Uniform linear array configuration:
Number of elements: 32
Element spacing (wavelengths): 0.25
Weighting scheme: exponential
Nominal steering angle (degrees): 45
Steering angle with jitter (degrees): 44.241
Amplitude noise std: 0.05
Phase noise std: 0.05

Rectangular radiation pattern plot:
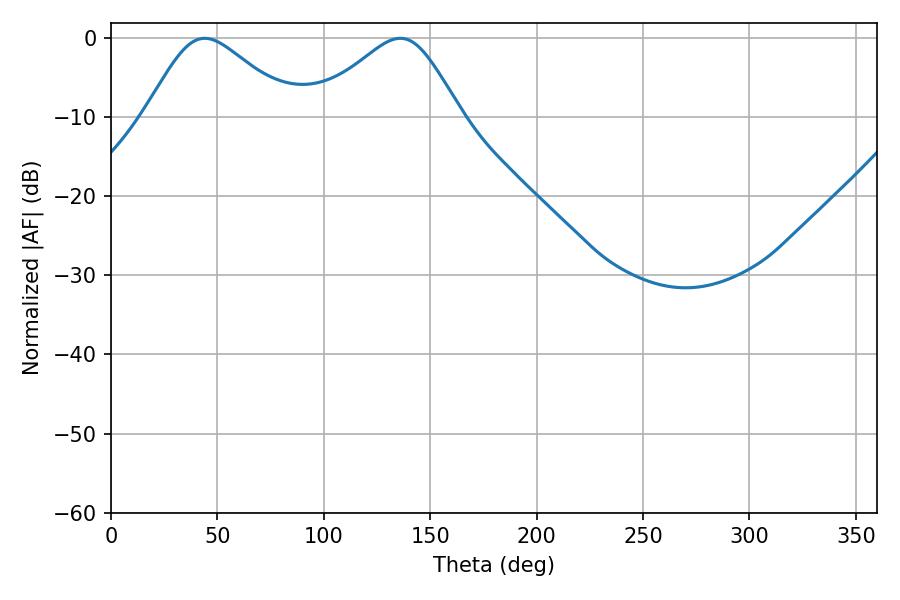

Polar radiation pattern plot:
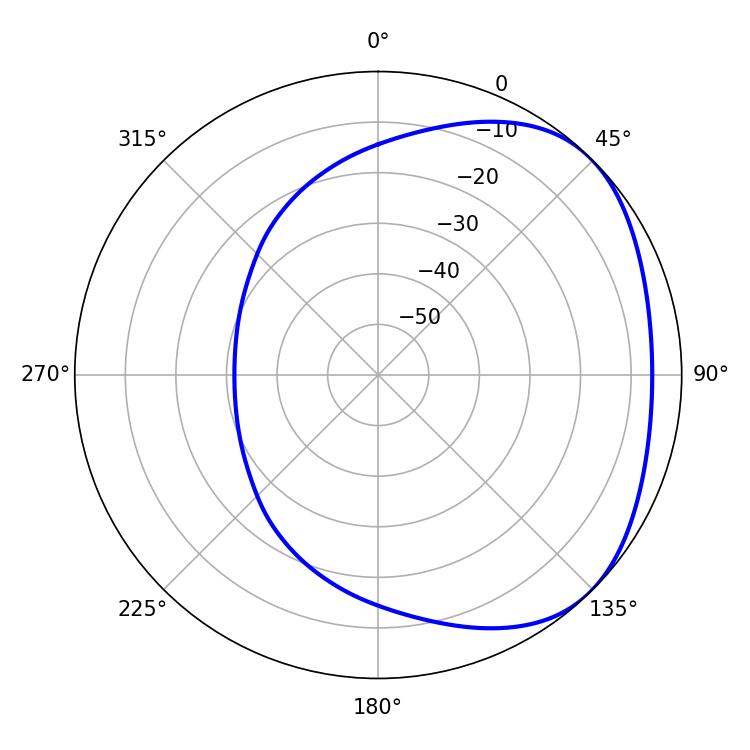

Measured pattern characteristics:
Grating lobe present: FALSE
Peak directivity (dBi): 2.912
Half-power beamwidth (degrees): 34.2
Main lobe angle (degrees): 44.1